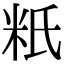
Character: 䉻